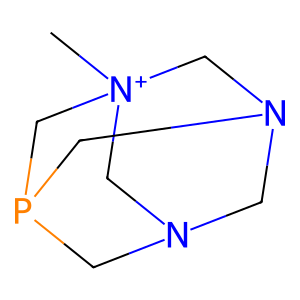
SMILES: C[N+]12CN3CN(CP(C3)C1)C2
Inhibits HIV replication: No